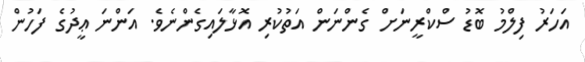
އަހަރު ފިލްމު ބޮޑު ސްކްރީނަށް ގެންނަން އަތުކުރި އޮޅާލައިގެންނެވެ. އަންނަ ޢީދުގެ ފަހުން